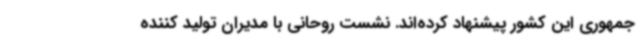
جمهوری این کشور پیشنهاد کرده‌اند. نشست روحانی با مدیران تولید کننده